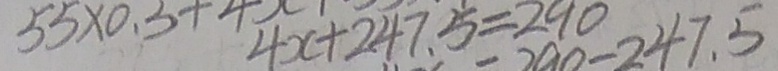
4 x + 2 4 7 . 5 = 2 9 0